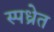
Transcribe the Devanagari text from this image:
स्पध्रेत